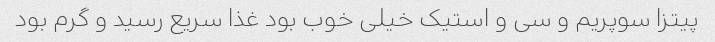
پیتزا سوپریم و سی و استیک خیلی خوب بود غذا سریع رسید و گرم بود